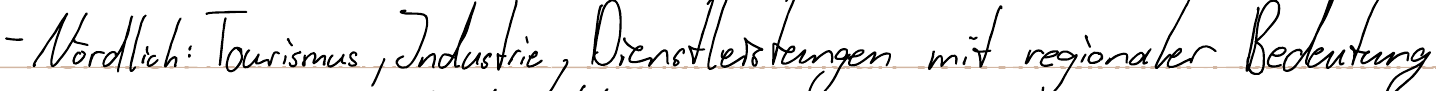
- Nördlich: Tourismus, Industrie, Dienstleistungen mit regionaler Bedeutung